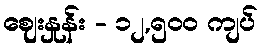
ဈေးနှုန်း - ၁၂,၅၀၀ ကျပ်